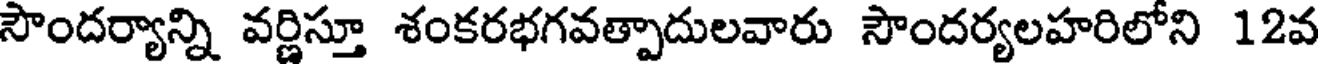
సౌందర్యాన్ని వర్ణిస్తూ శంకరభగవత్పాదులవారు సౌందర్యలహరిలోని 12వ